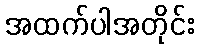
အထက်ပါအတိုင်း